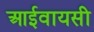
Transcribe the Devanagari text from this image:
आईवायसी